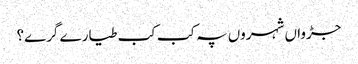
جڑواں شہروں پہ کب کب طیارے گرے؟